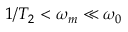
1 / T _ { 2 } < \omega _ { m } \ll \omega _ { 0 }